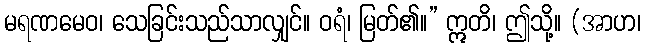
မရဏမေဝ၊ သေခြင်းသည်သာလျှင်။ ဝရံ၊ မြတ်၏။” ဣတိ၊ ဤသို့။ (အာဟ၊